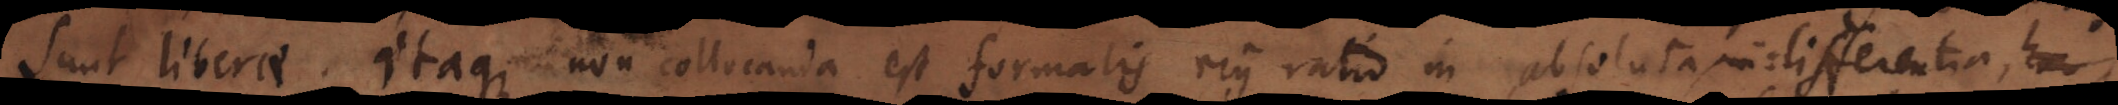
sunt liberae. Itaque non collocanda est formalis ejus ratio in absoluta indifferentia, hoc